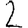
Digit: 2